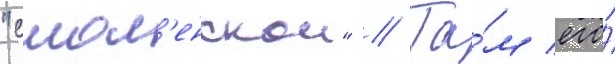
"смол'енскои" // Та́м его́